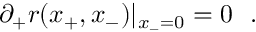
\partial _ { + } r ( x _ { + } , x _ { - } ) | _ { x _ { - } = 0 } = 0 ~ ~ .